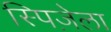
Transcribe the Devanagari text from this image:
स्पिज़ेला